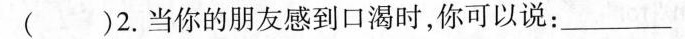
( )2.当你的朋友感到口渴时,你可以说: ___